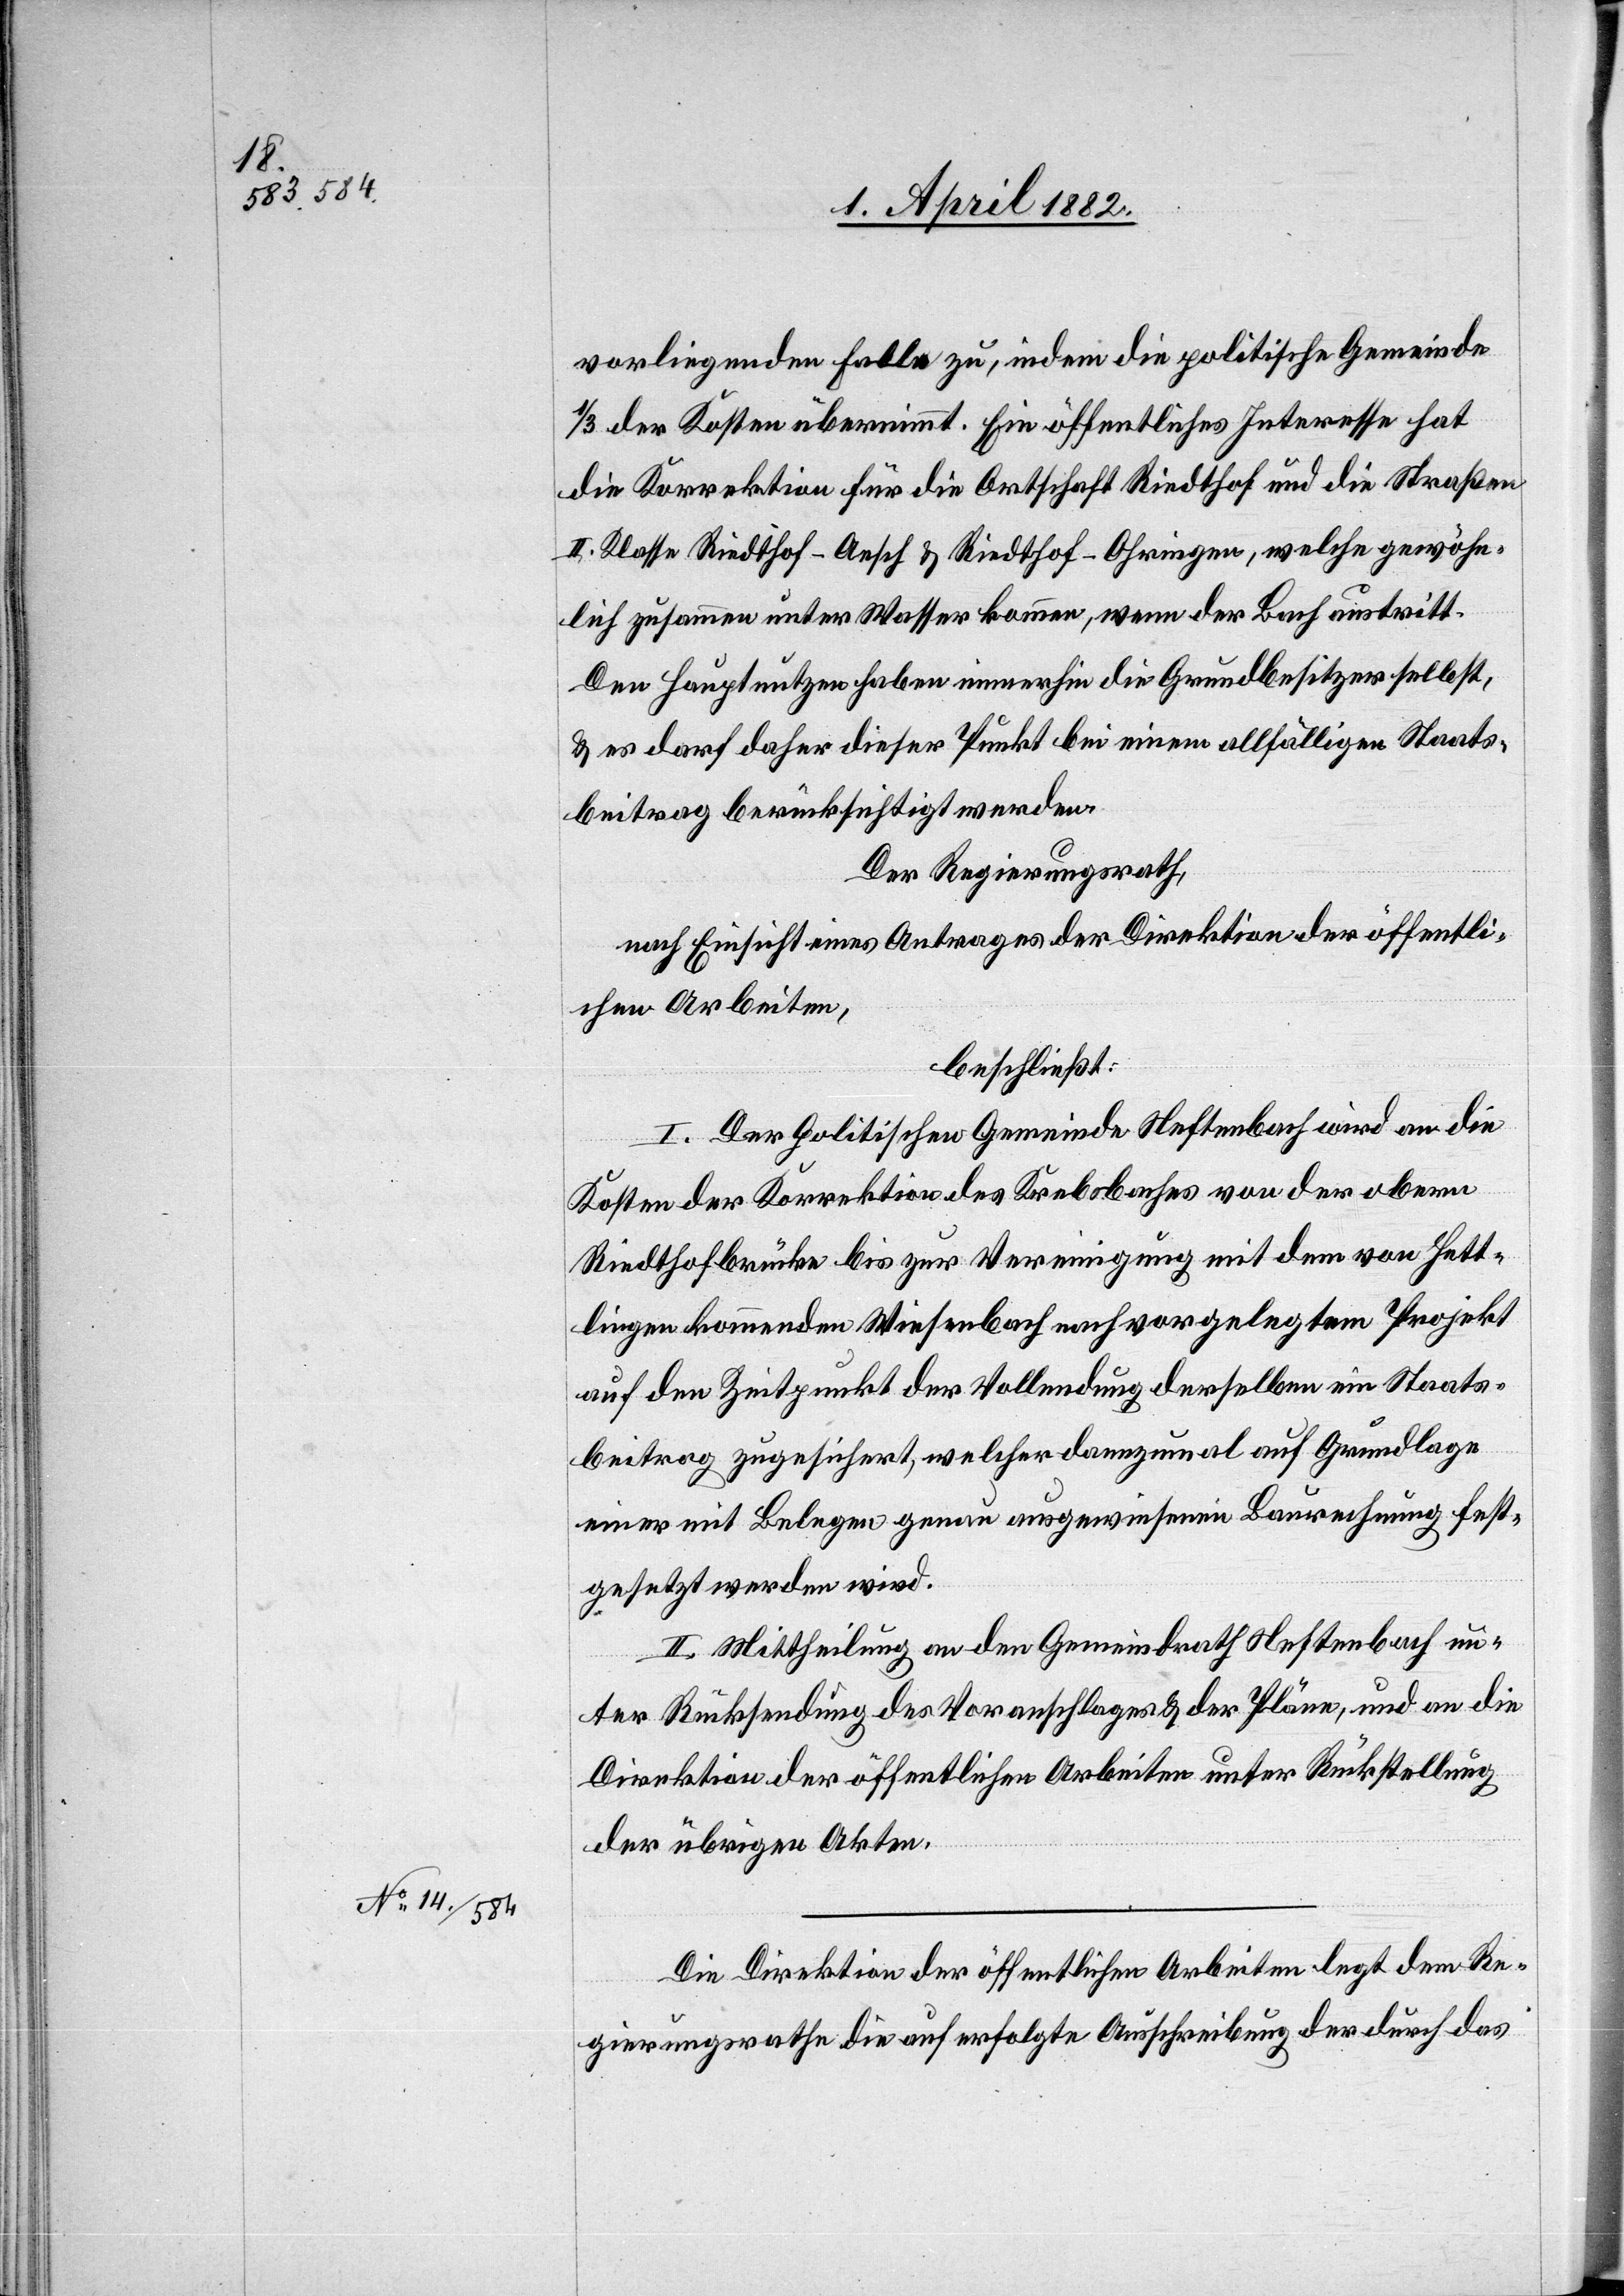
vorliegenden Falle zu, indem die politische Gemeinde
1/3 der Kosten übernimmt. Ein öffentliches Interesse hat
die Korrektion für die Ortschaft Riedthof und die Straßen
II. Klasse Riedthof–Aesch & Riedthof–Ohringen, welche gewöhn¬
lich zusammen unter Wasser kommen, wenn der Bach austritt.
Den Hauptnutzen haben immerhin die Grundbesitzer selbst,
& es darf daher dieser Punkt bei einem allfälligen Staats¬
beitrag berücksichtigt werden.
Der Regierungsrath,
nach Einsicht eines Antrages der Direktion der öffentli¬
chen Arbeiten,
beschließt:
I. Der politischen Gemeinde Neftenbach wird an die
Kosten der Korrektion des Krebsbaches von der obern
Riedthofbrücke bis zur Vereinigung mit dem von Hett¬
lingen kommenden Wiesenbach nach vorgelegtem Projekt
auf den Zeitpunkt der Vollendung derselben ein Staats¬
beitrag zugesichert, welcher dannzumal auf Grundlage
einer mit Belegen genau ausgewiesenen Baurechnung fest¬
gesetzt werden wird.
II. Mittheilung an den Gemeindrath Neftenbach un¬
ter Rücksendung des Voranschlages & der Pläne, und an die
Direktion der öffentlichen Arbeiten unter Rückstellung
der übrigen Akten.
Die Direktion der öffentlichen Arbeiten legt dem Re¬
gierungsrathe die auf erfolgte Ausschreibung der durch das